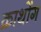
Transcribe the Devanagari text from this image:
क्राथोंग